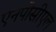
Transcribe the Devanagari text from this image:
एनपीसीएल